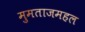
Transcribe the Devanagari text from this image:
मुमताजमहल